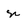
Character: n